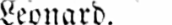
Leonard.